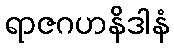
ရာဇဂဟနိဒါနံ